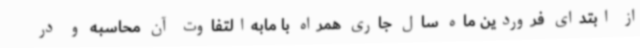
از ابتدای فروردین ماه سال جاری همراه با مابه‌التفاوت آن محاسبه و در